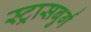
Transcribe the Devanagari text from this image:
स्ट्रासबुर्ग